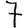
Digit: 7